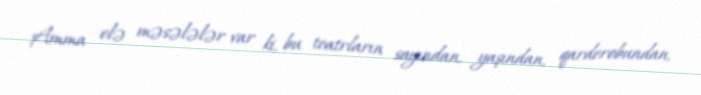
Amma elə məsələlər var ki, bu teatrların sayından, yaşından, qarderobundan,